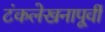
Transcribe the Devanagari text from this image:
टंकलेखनापूर्वी